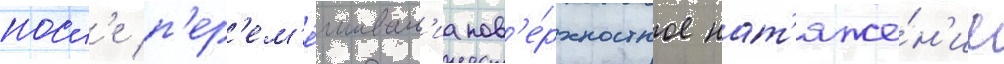
посл'е п'ер'ем'е́шиван'иа пов'е́рхностное нат'яже́н'ие